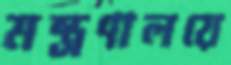
মন্ত্রণালয়ে